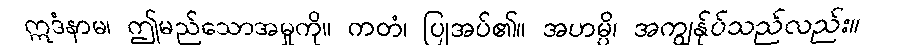
ဣဒံနာမ၊ ဤမည်သောအမှုကို။ ကတံ၊ ပြုအပ်၏။ အဟမ္ပိ၊ အကျွန်ုပ်သည်လည်း။